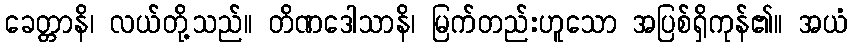
ခေတ္တာနိ၊ လယ်တို့သည်။ တိဏဒေါသာနိ၊ မြက်တည်းဟူသော အပြစ်ရှိကုန်၏။ အယံ